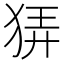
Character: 𤞬